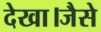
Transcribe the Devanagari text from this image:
देखा।जैसे